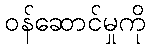
ဝန်ဆောင်မှုကို